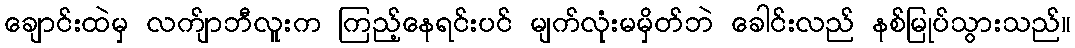
ချောင်းထဲမှ လက်ျာဘီလူးက ကြည့်နေရင်းပင် မျက်လုံးမမှိတ်ဘဲ ခေါင်းလည် နစ်မြုပ်သွားသည်။